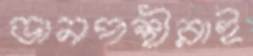
ডানপন্থীরাই